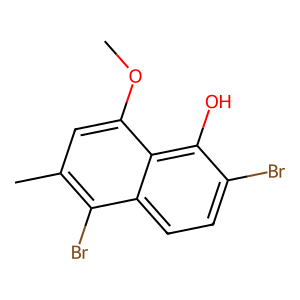
SMILES: COc1cc(C)c(Br)c2ccc(Br)c(O)c12
Inhibits HIV replication: No